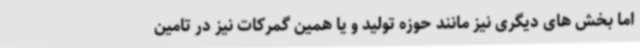
اما بخش های دیگری نیز مانند حوزه تولید و یا همین گمرکات نیز در تامین